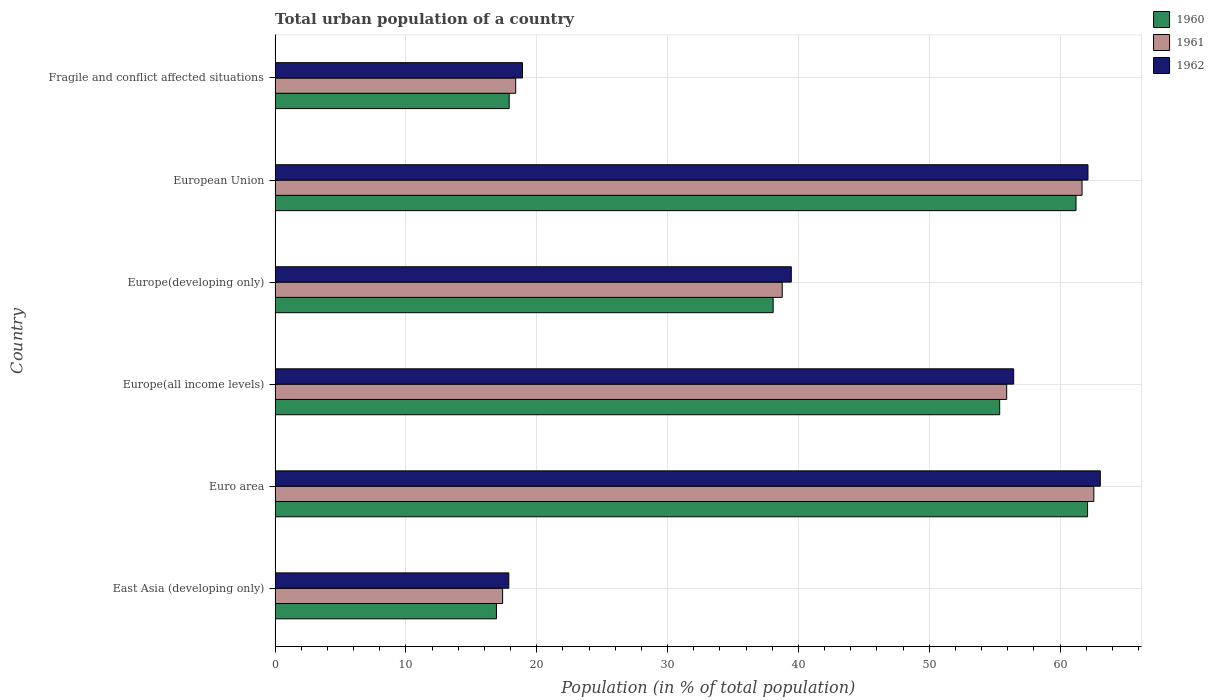
| Country | 1960 | 1961 | 1962 |
 | --- | --- | --- | --- |
 | East Asia (developing only) | 16.9 | 17.4 | 17.9 |
 | Euro area | 62.1 | 62.6 | 63.1 |
 | Europe(all income levels) | 55.4 | 55.9 | 56.4 |
 | Europe(developing only) | 38.1 | 38.8 | 39.5 |
 | European Union | 61.2 | 61.7 | 62.1 |
 | Fragile and conflict affected situations | 17.9 | 18.4 | 18.9 |